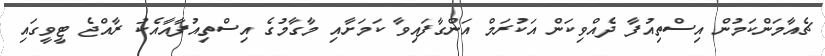
ޗެއާމަންކަމުން އިސްތިއުފާ ދެއްވިކަން އަކުރަމް އަންގާފައިވާ ކަމަށާއި މާގާމުގެ އިސްތިއުފާއާއެކު ރާއްޖެ ޓީވީގައި